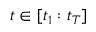
t \in [ t _ { 1 } : t _ { T } ]